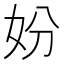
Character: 妢